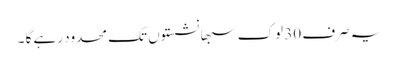
یہ صرف 30 لوک سبھا نشستوں تک محدود رہے گا ۔